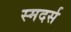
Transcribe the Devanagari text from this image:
स्मदर्स